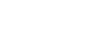
သမုဒ္ဒေါ